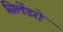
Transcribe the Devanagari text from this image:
सिलेंडरो